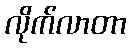
လိုက်လာတာ